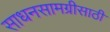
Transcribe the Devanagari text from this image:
साधनसामग्रीसाठी